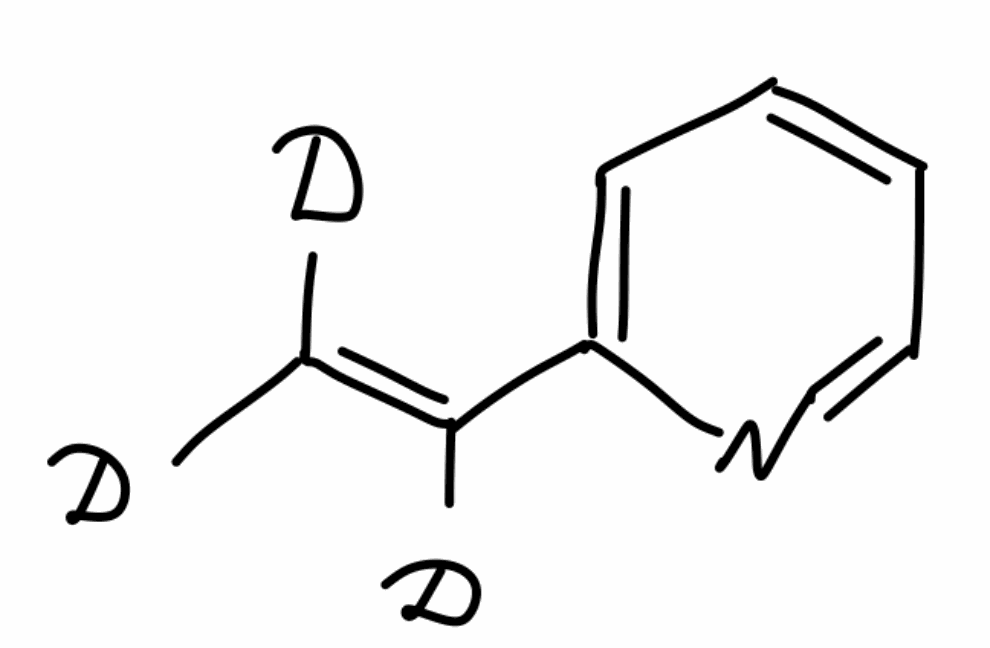
Simplified molecular-input line-entry system (SMILES) notation of the given molecule:
[2H]C(=C([2H])C1=CC=CC=N1)[2H]